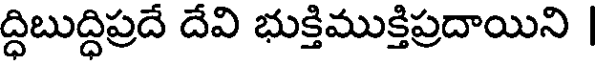
ద్ధిబుద్ధిప్రదే దేవి భుక్తిముక్తిప్రదాయిని |